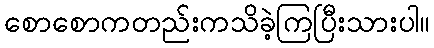
စောစောကတည်းကသိခဲ့ကြပြီးသားပါ။